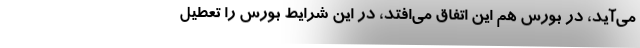
می‌آید، در بورس هم این اتفاق می‌افتد، در این شرایط بورس را تعطیل